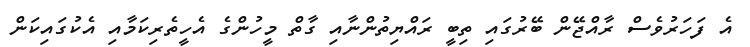
އެ ފަހަރުވެސް ރާއްޖޭން ބޭރުގައި ތިބީ ރައްޔިތުންނާއި ގާތް މީހުންގެ އެހީތެރިކަމާއި އެކުގައިކަން